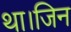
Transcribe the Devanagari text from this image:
था।जिन